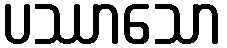
ပဿာသော